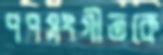
পপসংগীতকে